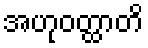
အဟုဝတ္ထာတိ